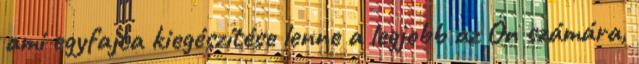
ami egyfajta kiegészítése lenne a legjobb az Ön számára,